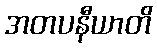
အတပနီယာတိ